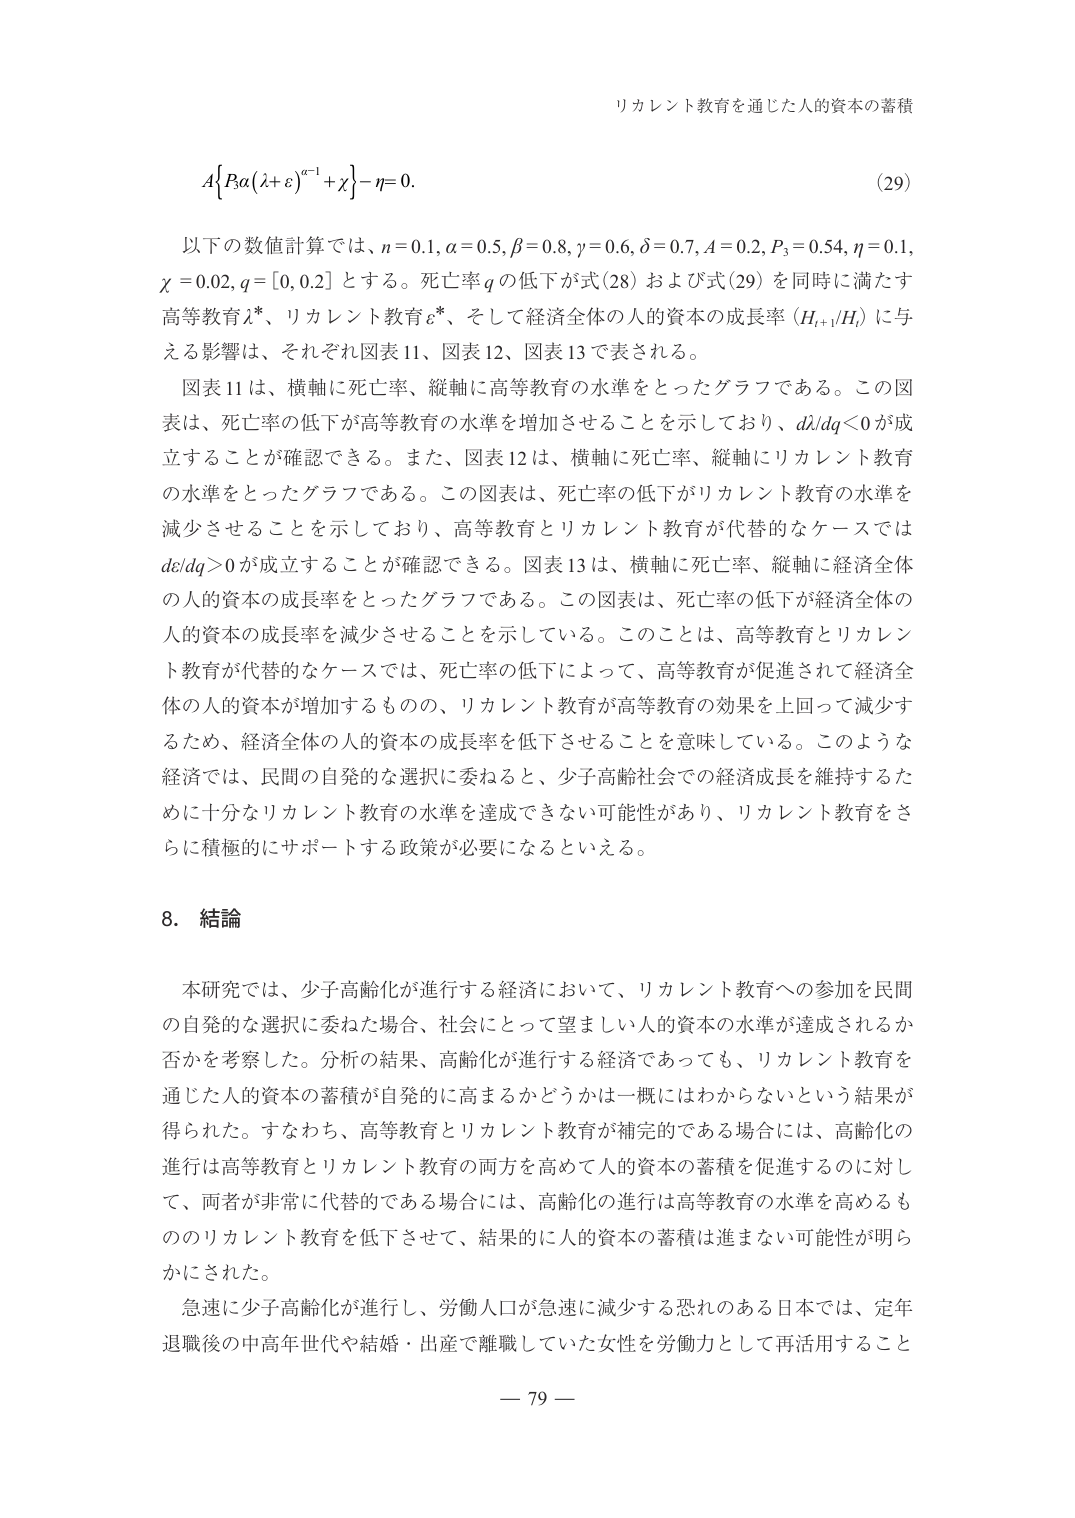
リカレント教育を通じた人的資本の蓄積

A{βα(λ+ε)^(α-1)+χ}-η=0.  (29)

以下の数値計算では、n=0.1, α=0.5, β=0.8, γ=0.6, δ=0.7, A=0.2, P₃=0.54, η=0.1, χ=0.02, q=[0,0.2]とする。死亡率qの低下が式(28)および式(29)を同時に満たす高等教育λ*、リカレント教育ε*、そして経済全体の人的資本の成長率(Hₜ₊₁/Hₜ)に与える影響は、それぞれ図表11、図表12、図表13で表される。

図表11は、横軸に死亡率、縦軸に高等教育の水準をとったグラフである。この図表は、死亡率の低下が高等教育の水準を増加させることを示しており、dλ/dq<0が成立することが確認できる。また、図表12は、横軸に死亡率、縦軸にリカレント教育の水準をとったグラフである。この図表は、死亡率の低下がリカレント教育の水準を減少させることを示しており、高等教育とリカレント教育が代替的なケースではdε/dq>0が成立することが確認できる。図表13は、横軸に死亡率、縦軸に経済全体の人的資本の成長率をとったグラフである。この図表は、死亡率の低下が経済全体の人的資本の成長率を減少させることを示している。このことは、高等教育とリカレント教育が代替的なケースでは、死亡率の低下によって、高等教育が促進されて経済全体の人的資本が増加するものの、リカレント教育が高等教育の効果を上回って減少するため、経済全体の人的資本の成長率を低下させることを意味している。このような経済では、民間の自発的な選択に委ねると、少子高齢社会での経済成長を維持するために十分なリカレント教育の水準を達成できない可能性があり、リカレント教育をさらに積極的にサポートする政策が必要になるといえる。

8. 結論

本研究では、少子高齢化が進行する経済において、リカレント教育への参加を民間の自発的な選択に委ねた場合、社会にとって望ましい人的資本の水準が達成されるか否かを考察した。分析の結果、高齢化が進行する経済であっても、リカレント教育を通じた人的資本の蓄積が自発的に高まるかどうかは一概にはわからないという結果が得られた。すなわち、高等教育とリカレント教育が補完的である場合には、高齢化の進行は高等教育とリカレント教育の両方を高めて人的資本の蓄積を促進するのに対して、両者が非常に代替的である場合には、高齢化の進行は高等教育の水準を高めるもののリカレント教育を低下させて、結果的に人的資本の蓄積は進まない可能性が明らかにされた。

急速に少子高齢化が進行し、労働人口が急速に減少する恐れのある日本では、定年退職後の中高年世代や結婚・出産で離職していた女性を労働力として再活用すること

— 79 —